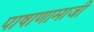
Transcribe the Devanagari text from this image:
पाषाणामाजी